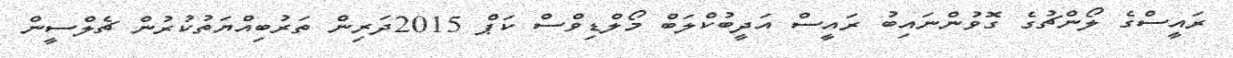
ރައީސްގެ ލޯންޗުގެ ގޮވުންނައިބު ރައީސް އަދީބުކްލަބް މޯލްޑިވްސް ކަޕް 2015ދަރިން ތަރުބިއްޔަތުކުރުން ޗެލްސީން